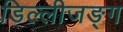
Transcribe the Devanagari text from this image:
डिल्लीजङ्ग